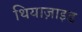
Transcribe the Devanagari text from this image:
थियाज़ाइड